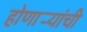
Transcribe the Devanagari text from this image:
होणार्‍यांची